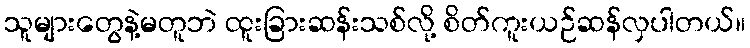
သူများတွေနဲ့မတူဘဲ ထူးခြားဆန်းသစ်လို့ စိတ်ကူးယဉ်ဆန်လှပါတယ်။